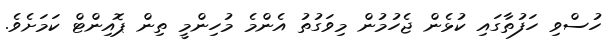
ހުސްވި ހަފުތާގައި ކުޅެން ޖެހުމުން މިވަގުތު އެންމެ މުހިންމީ ތިން ޕޮއިންޓް ކަމަށެވެ.